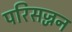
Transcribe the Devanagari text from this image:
परिसज्जन